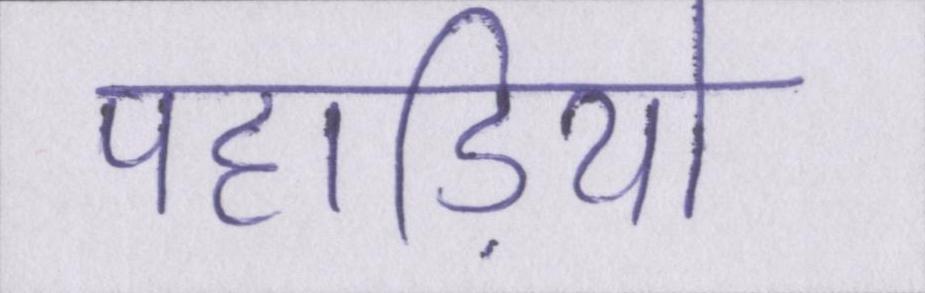
पहाड़ियो